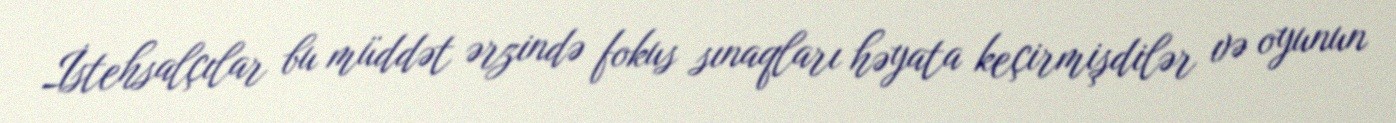
İstehsalçılar bu müddət ərzində fokus sınaqları həyata keçirmişdilər və oyunun